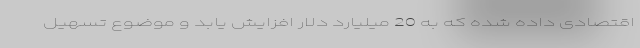
اقتصادی داده‌ شده که به 20 میلیارد دلار افزایش یابد و موضوع تسهیل